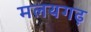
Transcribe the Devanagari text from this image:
मलयगढ़